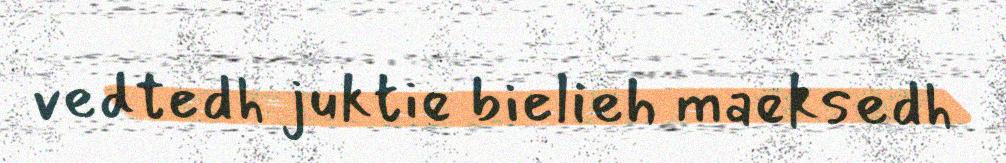
vedtedh juktie bielieh maeksedh